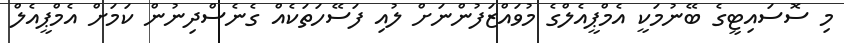
މި ސޮސައިޓީގެ ބޭނުމަކީ އެމްޕީއެލްގެ މުވައްޒަފުންނަށް ލުއި ފަސޭހަތަކެއް ގެނެސްދިނުން ކަމަށް އެމްޕީއެލް